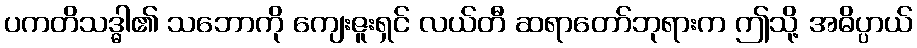
ပကတိသဒ္ဓါ၏ သဘောကို ကျေးဇူးရှင် လယ်တီ ဆရာတော်ဘုရားက ဤသို့ အဓိပ္ပာယ်